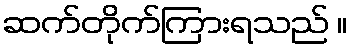
ဆက်တိုက်ကြားရသည် ။